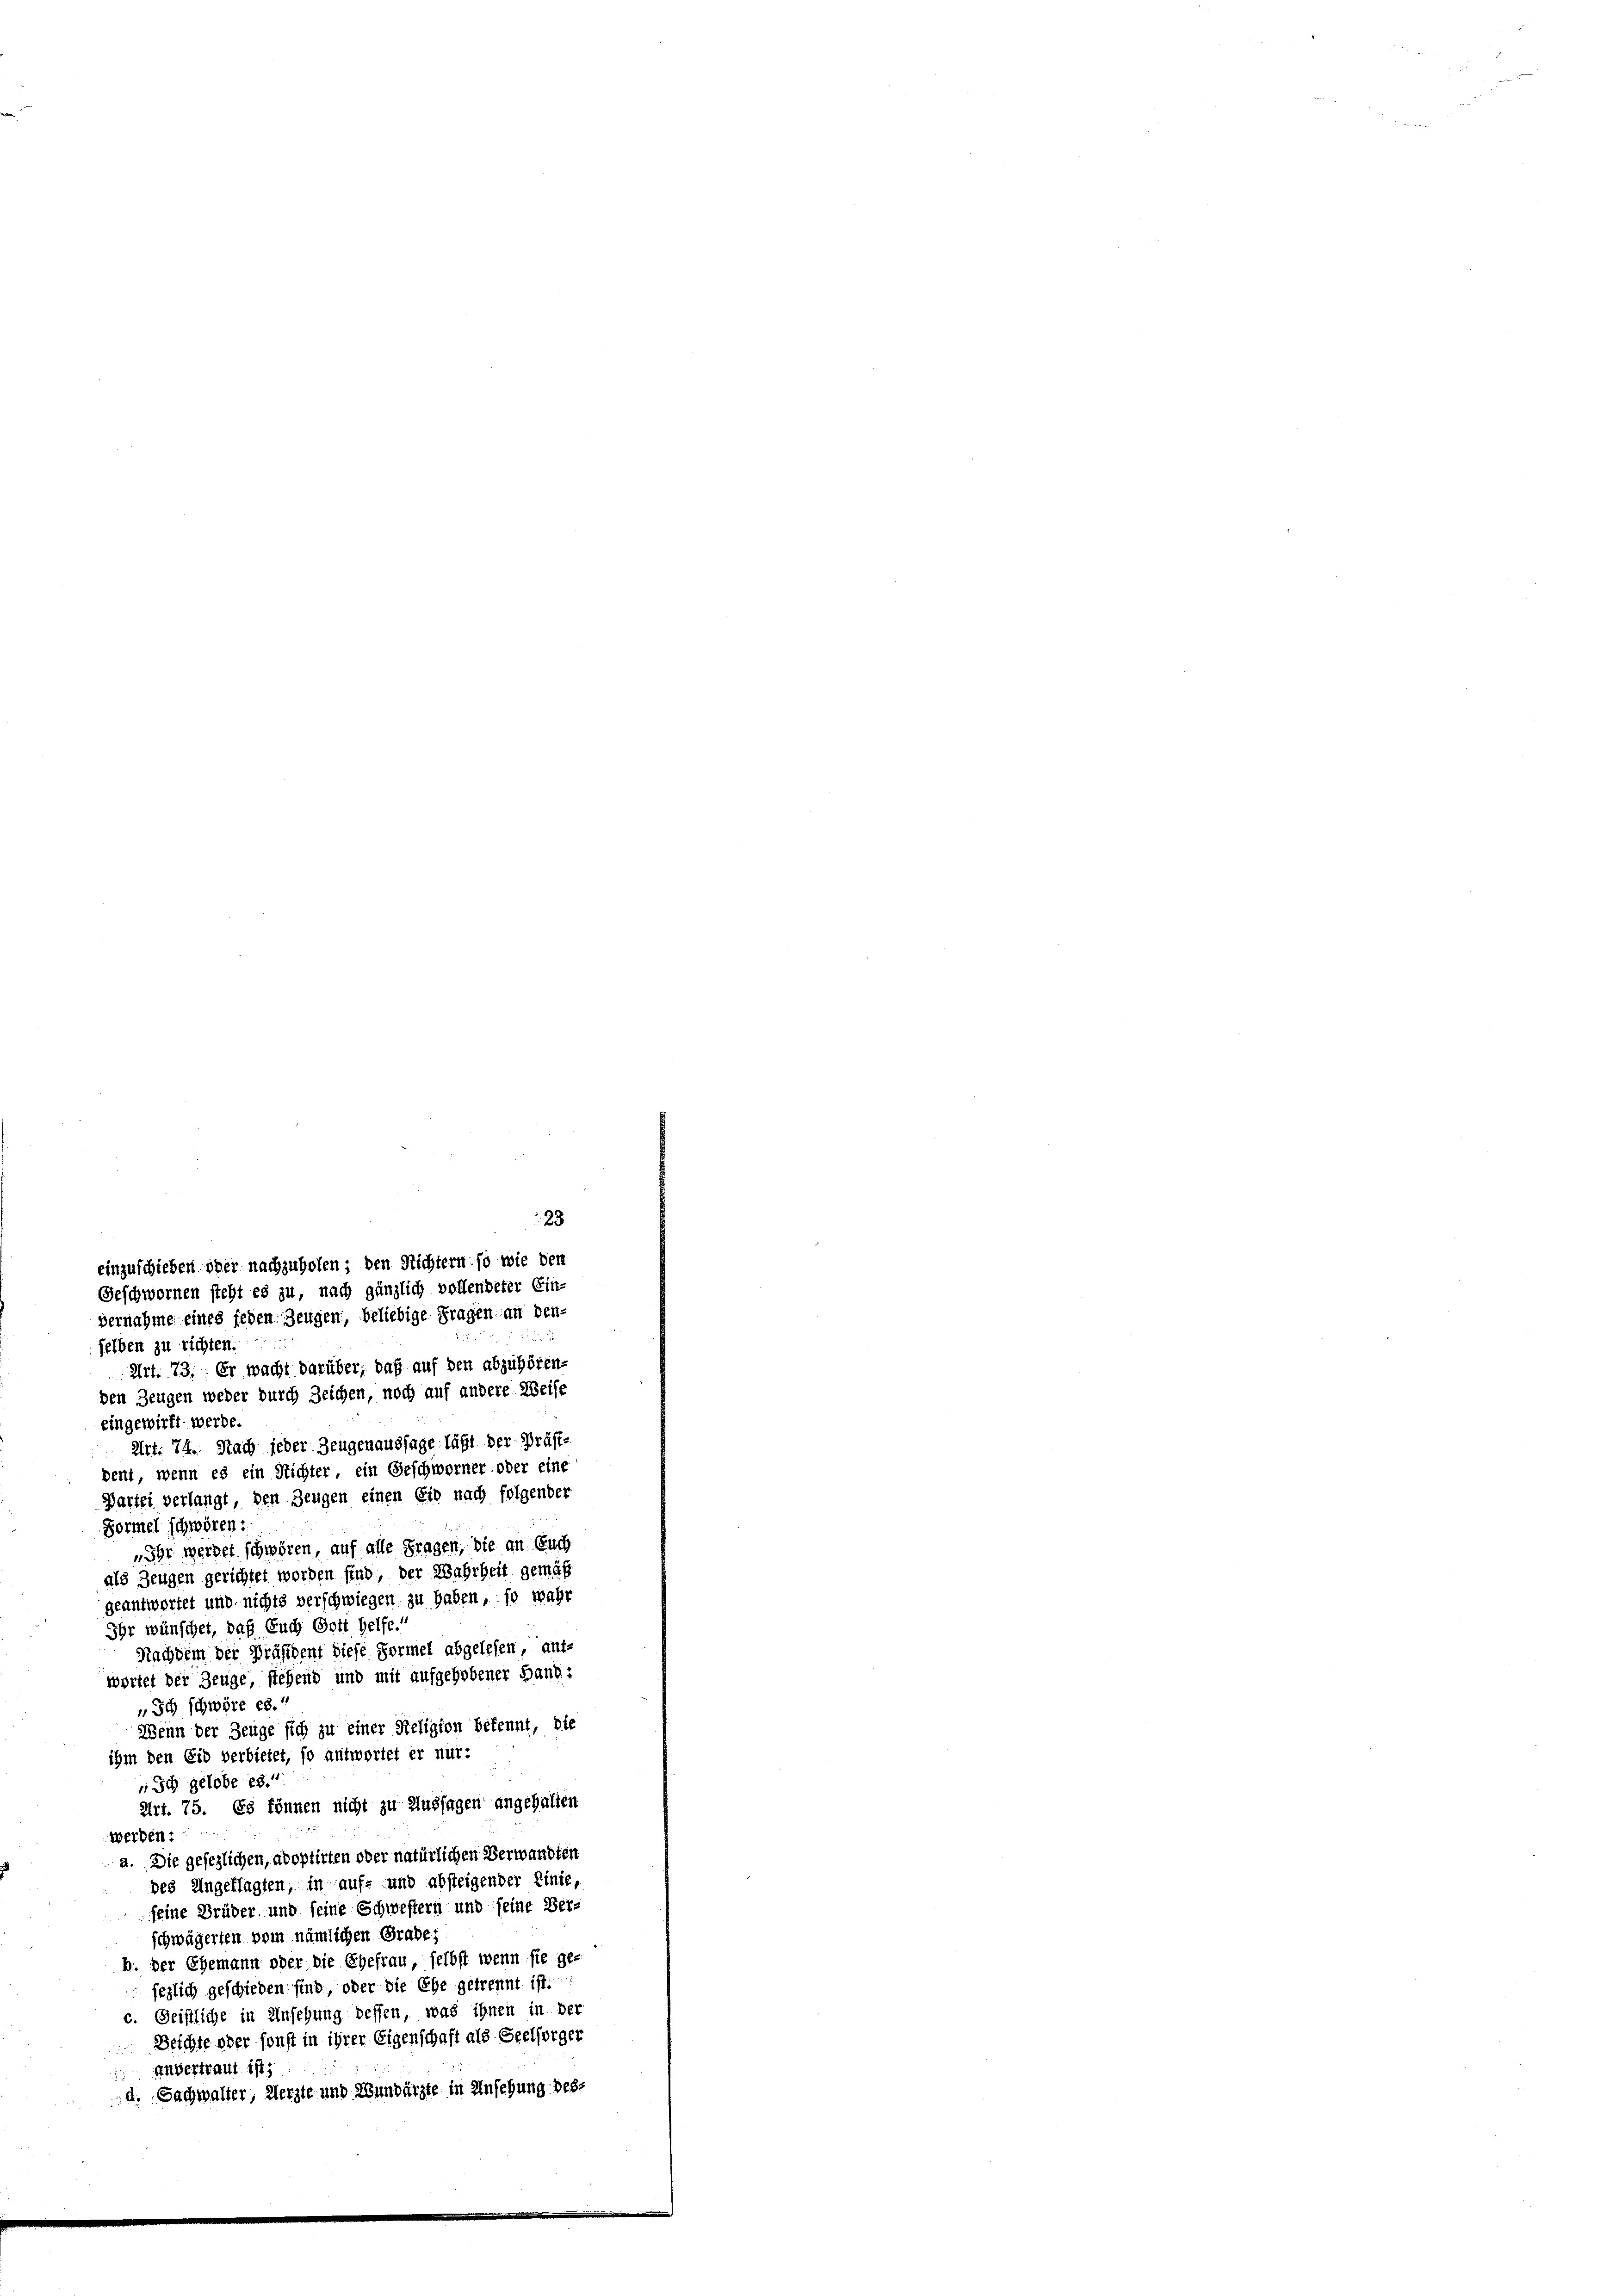
vernahme eines jeden Zeugen, beliebige Fragen an den-
selben zu richten.
Art. 73. Er wacht darüber, daß auf den abzuhören.
den Zeugen weder durch Zeichen, noch auf andere Weise
eingewirft werde.
Art. 74. Nach jeder Zeugenaussage läßt der Präfte
dent, wenn es ein Richter, ein Geschworner oder eine
Partei verlangt, den Zeugen einen Eid nach folgender
Formel schwören:
„Ihr werdet schwören, auf alle Fragen, die an Euch
als Zeugen gerichtet worden sind, der Wahrheit gemäß
geantwortet und nichts verschwiegen zu haben, so wahr
Ihr wünschet, daß Euch Gott helfe.
Nachdem der Präsident diese Formel abgelesen, ant-
wortet der Zeuge, stehend und mit aufgehobener Band:
Ich schwöre es.
Wenn der Zeuge sich zu einer Religion bekennt, die
ihm den Eid verbietet, so antwortet er nur:
 Ich gelobe es.
Art. 75. Es können nicht zu Aussagen angehalten
werden:
a. Die gesezlichen, adoptirten oder natürlichen Verwandten
des Angeklagten, in auf- und absteigender Linie,
seine Brüder und seine Schwestern und seine Ber-
schwägerten vom nämlichen Grade;
b. der Ehemann oder die Ehefrau selbst wenn sie ge-
sezlich geschieden sind, oder die Ehe getrennt ist.
c. Geistliche in Ansehung dessen, was ihnen in der
Beichte oder sonst in ihrer Eigenschaft als Seelsorger
Anvertraut ist;
d. Sachwalter, Merzte und Wundärzte in Ansehung des¬

23
einzuschieben. ober nachzuholen; den Richtern so wie den
Geschwornen steht es zu, nach gänzlich vollendeter Ein-